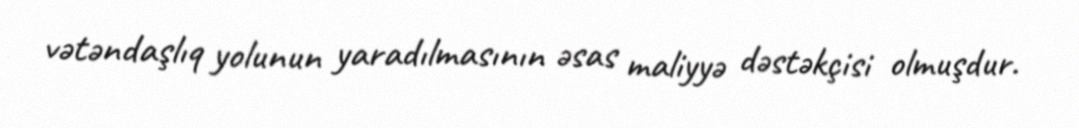
vətəndaşlıq yolunun yaradılmasının əsas maliyyə dəstəkçisi olmuşdur.